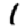
Digit: 1